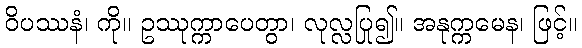
ဝိပဿနံ၊ ကို။ ဥဿုက္ကာပေတွာ၊ လုလ္လပြု၍။ အနုက္ကမေန၊ ဖြင့်။